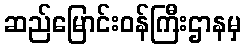
ဆည်မြောင်းဝန်ကြီးဌာနမှ